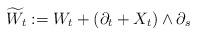
LaTeX: \begin{align*}\widetilde{W}_t:=W_t+(\partial_t+X_t)\wedge \partial_s\end{align*}